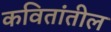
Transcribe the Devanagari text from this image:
कवितांतील